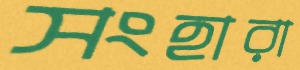
সংহারা